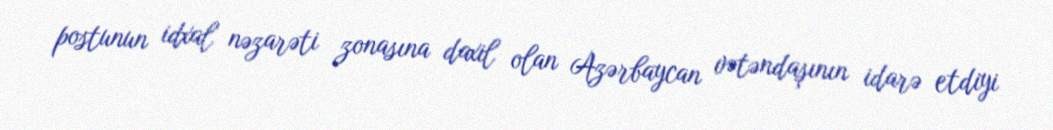
postunun idxal nəzarəti zonasına daxil olan Azərbaycan vətəndaşının idarə etdiyi